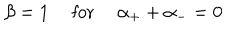
\beta = 1 \quad \mathrm { ~ f o r ~ } \quad \alpha _ { + } + \alpha _ { - } = 0